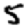
Digit: 5